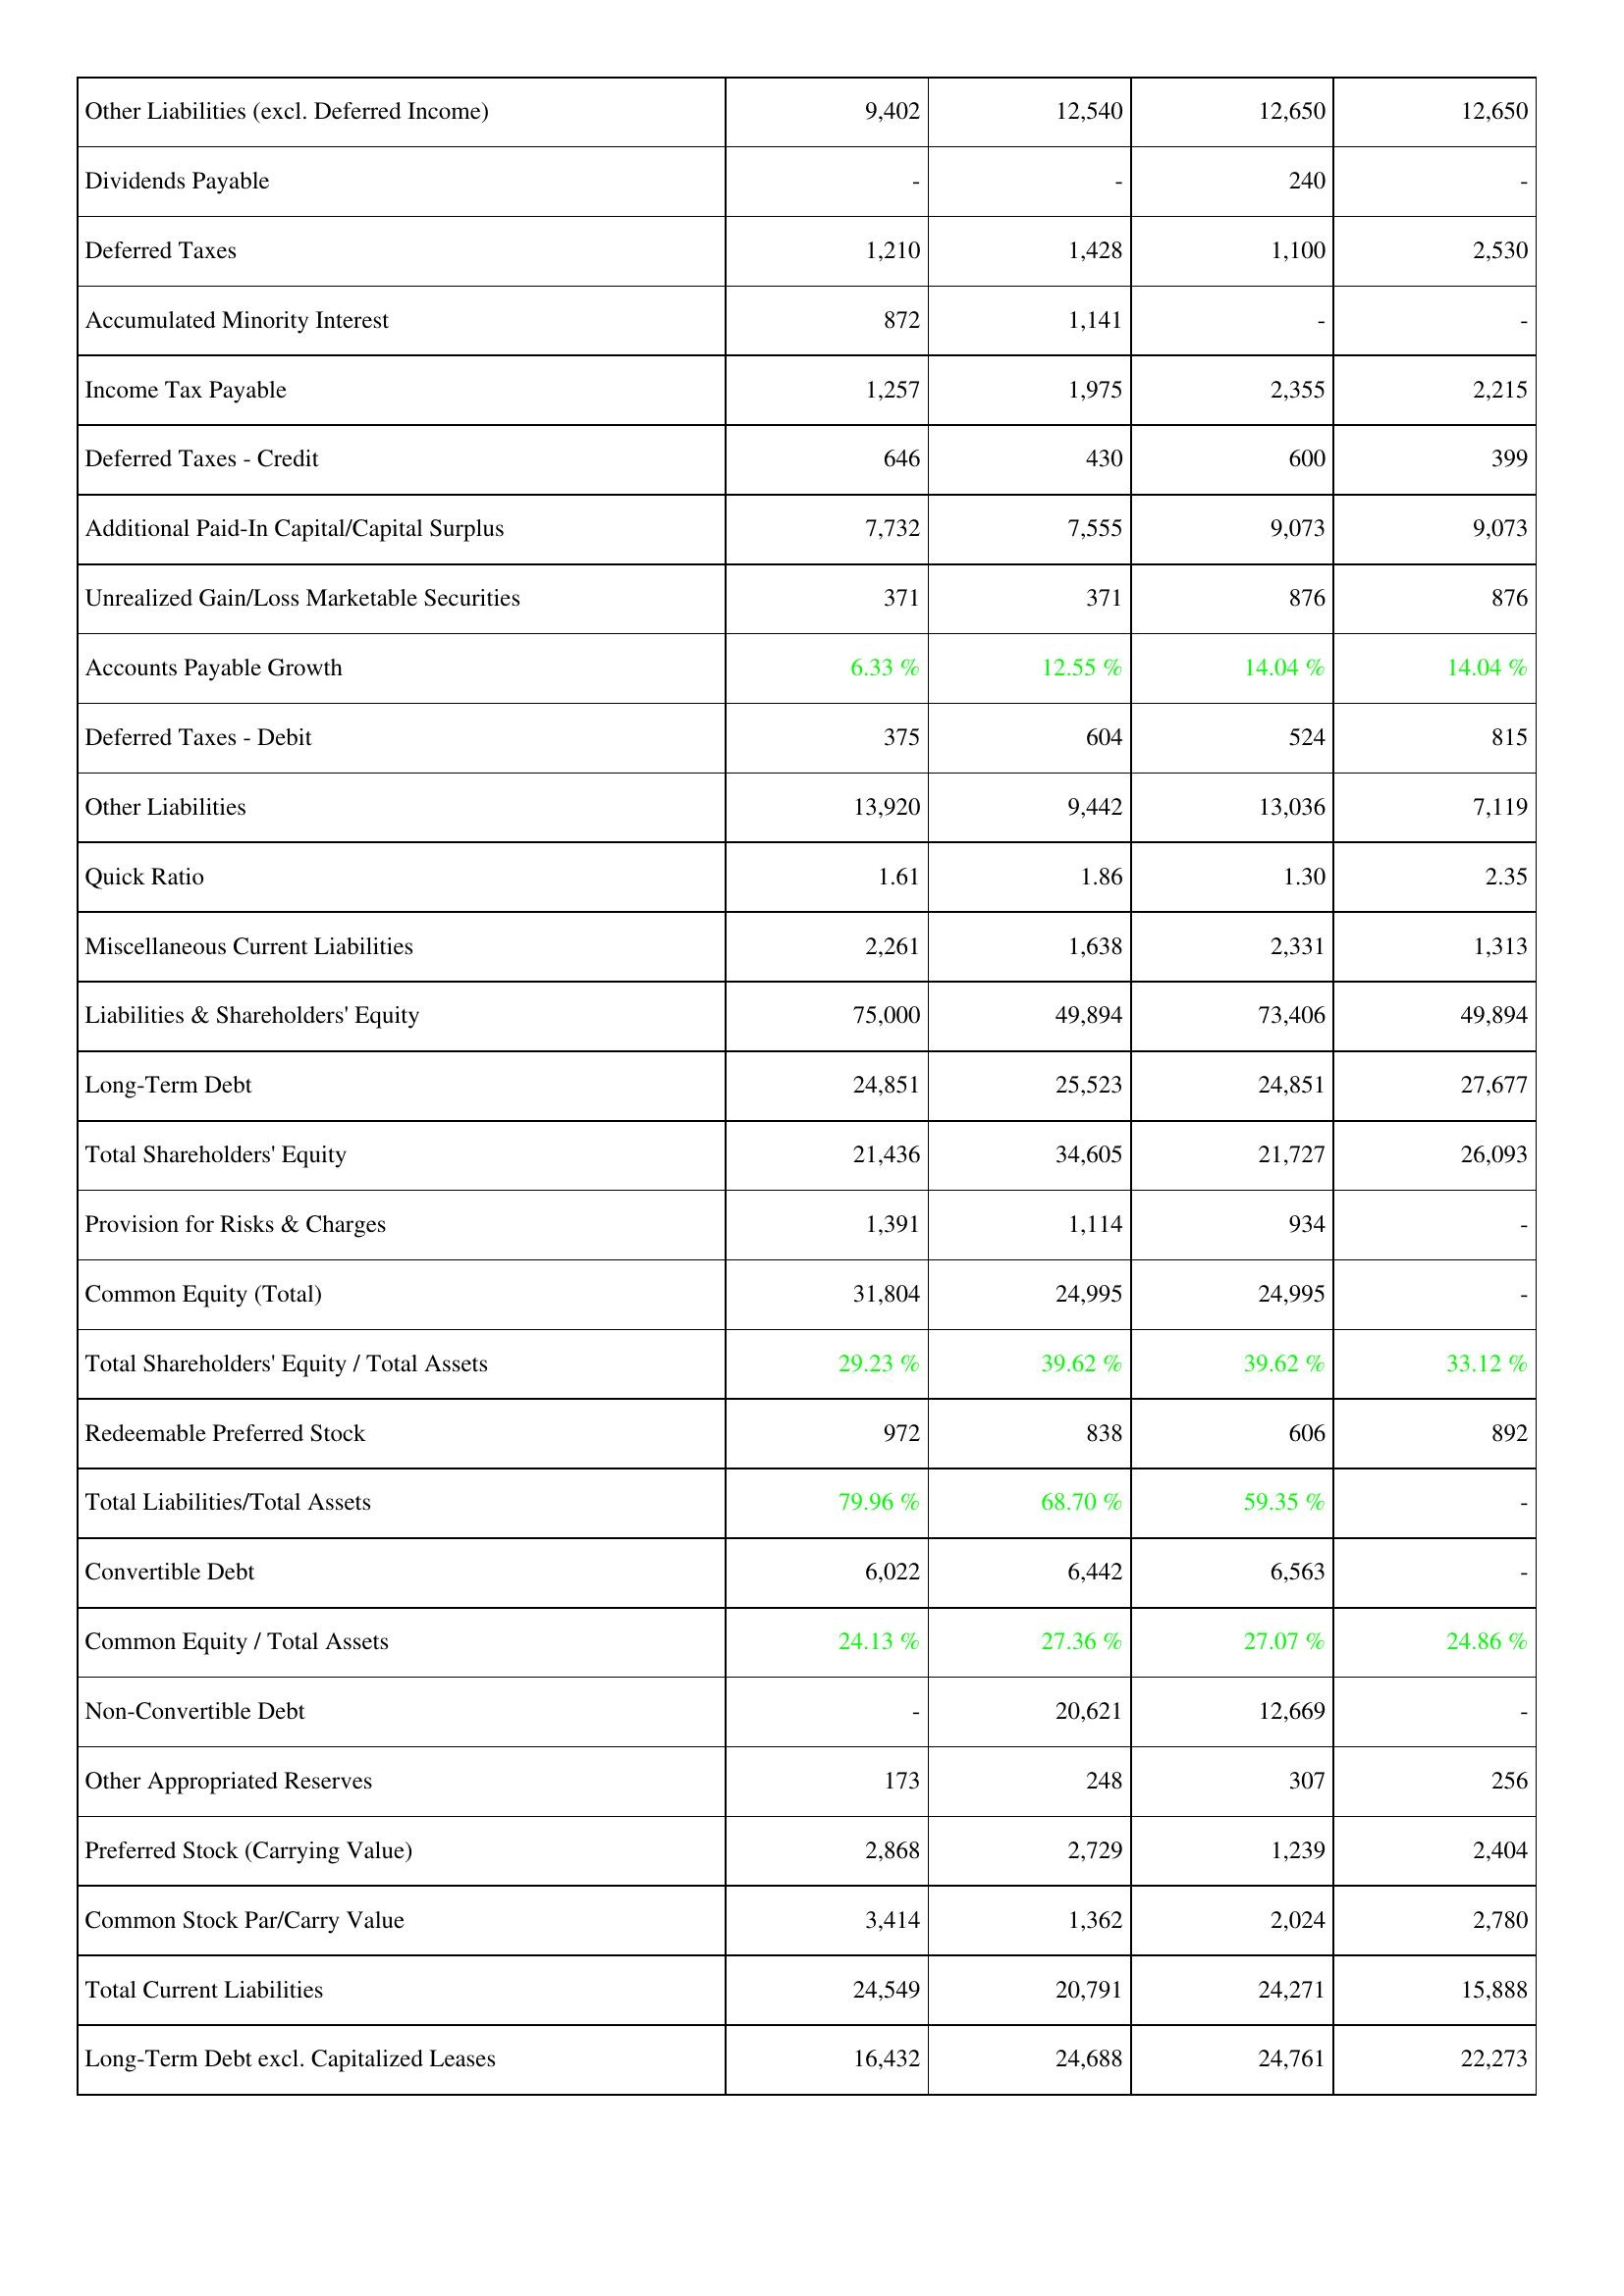
2006: Liabilities & Shareholders' Equity: Other Liabilities (excl. Deferred Income): 9,402
Dividends Payable: -
Deferred Taxes: 1,210
Accumulated Minority Interest: 872
Income Tax Payable: 1,257
Deferred Taxes - Credit: 646
Additional Paid-In Capital/Capital Surplus: 7,732
Unrealized Gain/Loss Marketable Securities: 371
Accounts Payable Growth: 6.33 %
Deferred Taxes - Debit: 375
Other Liabilities: 13,920
Quick Ratio: 1.61
Miscellaneous Current Liabilities: 2,261
Liabilities & Shareholders' Equity: 75,000
Long-Term Debt: 24,851
Total Shareholders' Equity: 21,436
Provision for Risks & Charges: 1,391
Common Equity (Total): 31,804
Total Shareholders' Equity / Total Assets: 29.23 %
Redeemable Preferred Stock: 972
Total Liabilities/Total Assets: 79.96 %
Convertible Debt: 6,022
Common Equity / Total Assets: 24.13 %
Non-Convertible Debt: -
Other Appropriated Reserves: 173
Preferred Stock (Carrying Value): 2,868
Common Stock Par/Carry Value: 3,414
Total Current Liabilities: 24,549
Long-Term Debt excl. Capitalized Leases: 16,432
2007: Liabilities & Shareholders' Equity: Other Liabilities (excl. Deferred Income): 12,540
Dividends Payable: -
Deferred Taxes: 1,428
Accumulated Minority Interest: 1,141
Income Tax Payable: 1,975
Deferred Taxes - Credit: 430
Additional Paid-In Capital/Capital Surplus: 7,555
Unrealized Gain/Loss Marketable Securities: 371
Accounts Payable Growth: 12.55 %
Deferred Taxes - Debit: 604
Other Liabilities: 9,442
Quick Ratio: 1.86
Miscellaneous Current Liabilities: 1,638
Liabilities & Shareholders' Equity: 49,894
Long-Term Debt: 25,523
Total Shareholders' Equity: 34,605
Provision for Risks & Charges: 1,114
Common Equity (Total): 24,995
Total Shareholders' Equity / Total Assets: 39.62 %
Redeemable Preferred Stock: 838
Total Liabilities/Total Assets: 68.70 %
Convertible Debt: 6,442
Common Equity / Total Assets: 27.36 %
Non-Convertible Debt: 20,621
Other Appropriated Reserves: 248
Preferred Stock (Carrying Value): 2,729
Common Stock Par/Carry Value: 1,362
Total Current Liabilities: 20,791
Long-Term Debt excl. Capitalized Leases: 24,688
2008: Liabilities & Shareholders' Equity: Other Liabilities (excl. Deferred Income): 12,650
Dividends Payable: 240
Deferred Taxes: 1,100
Accumulated Minority Interest: -
Income Tax Payable: 2,355
Deferred Taxes - Credit: 600
Additional Paid-In Capital/Capital Surplus: 9,073
Unrealized Gain/Loss Marketable Securities: 876
Accounts Payable Growth: 14.04 %
Deferred Taxes - Debit: 524
Other Liabilities: 13,036
Quick Ratio: 1.30
Miscellaneous Current Liabilities: 2,331
Liabilities & Shareholders' Equity: 73,406
Long-Term Debt: 24,851
Total Shareholders' Equity: 21,727
Provision for Risks & Charges: 934
Common Equity (Total): 24,995
Total Shareholders' Equity / Total Assets: 39.62 %
Redeemable Preferred Stock: 606
Total Liabilities/Total Assets: 59.35 %
Convertible Debt: 6,563
Common Equity / Total Assets: 27.07 %
Non-Convertible Debt: 12,669
Other Appropriated Reserves: 307
Preferred Stock (Carrying Value): 1,239
Common Stock Par/Carry Value: 2,024
Total Current Liabilities: 24,271
Long-Term Debt excl. Capitalized Leases: 24,761
2009: Liabilities & Shareholders' Equity: Other Liabilities (excl. Deferred Income): 12,650
Dividends Payable: -
Deferred Taxes: 2,530
Accumulated Minority Interest: -
Income Tax Payable: 2,215
Deferred Taxes - Credit: 399
Additional Paid-In Capital/Capital Surplus: 9,073
Unrealized Gain/Loss Marketable Securities: 876
Accounts Payable Growth: 14.04 %
Deferred Taxes - Debit: 815
Other Liabilities: 7,119
Quick Ratio: 2.35
Miscellaneous Current Liabilities: 1,313
Liabilities & Shareholders' Equity: 49,894
Long-Term Debt: 27,677
Total Shareholders' Equity: 26,093
Provision for Risks & Charges: -
Common Equity (Total): -
Total Shareholders' Equity / Total Assets: 33.12 %
Redeemable Preferred Stock: 892
Total Liabilities/Total Assets: -
Convertible Debt: -
Common Equity / Total Assets: 24.86 %
Non-Convertible Debt: -
Other Appropriated Reserves: 256
Preferred Stock (Carrying Value): 2,404
Common Stock Par/Carry Value: 2,780
Total Current Liabilities: 15,888
Long-Term Debt excl. Capitalized Leases: 22,273